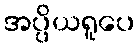
အပ္ပိယရူပေ